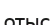
отыс